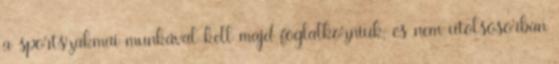
a sportszakmai munkával kell majd foglalkozniuk, és nem utolsósorban